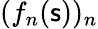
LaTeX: (f_{n}(\mathsf{s}))_{n}